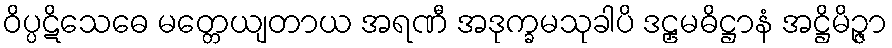
ဝိပ္ပဋိသေဓေ မတ္တေယျတာယ အရဏီ အဒုက္ခမသုခါပိ ဒဠှမဓိဋ္ဌာနံ အဋ္ဌိမိဉ္ဇာ